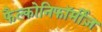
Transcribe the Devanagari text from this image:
फैल्कोनिफॉर्मीज़